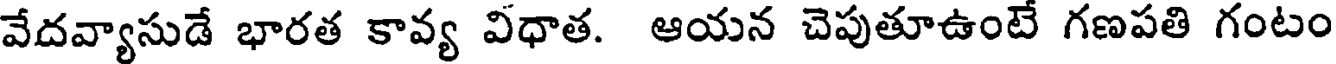
వేదవ్యాసుడే భారత కావ్య విధాత. ఆయన చెపుతూఉంటే గణపతి గంటం